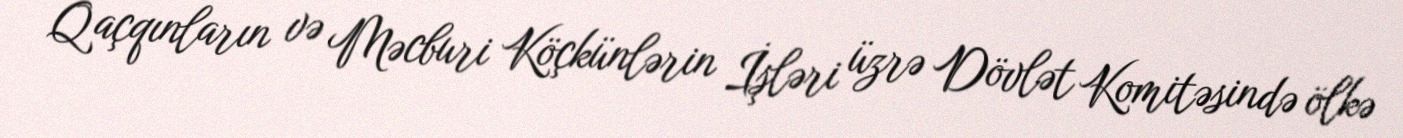
Qaçqınların və Məcburi Köçkünlərin İşləri üzrə Dövlət Komitəsində ölkə